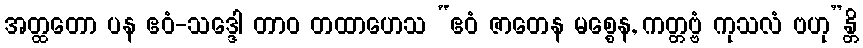
အတ္ထတော ပန ဧဝံ-သဒ္ဒေါ တာဝ တထာဟေသ “ဧဝံ ဇာတေန မစ္စေန, ကတ္တဗ္ဗံ ကုသလံ ဗဟု”န္တိ